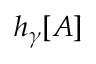
h _ { \gamma } [ A ]